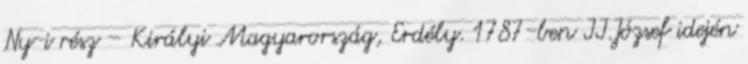
Ny-i rész – Királyi Magyarország, Erdély. 1787-ben II.József idején